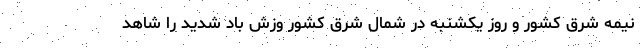
نیمه شرق کشور و روز یکشنبه در شمال شرق کشور وزش باد شدید را شاهد